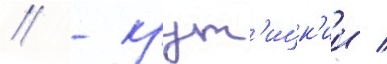
// - крут'ицк'ии /